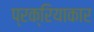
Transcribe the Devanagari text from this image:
प्रक्रियाकार